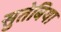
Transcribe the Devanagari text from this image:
सुतेबिया